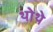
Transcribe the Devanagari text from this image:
थोथे